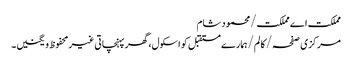
مملکت اے مملکت/محمود شام
مرکزی صفحہ/ کالم/ہمارے مستقبل کو اسکول، گھر پہنچاتی غیر محفوظ ویگنیں۔